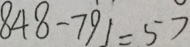
8 4 8 - 7 9 1 = 5 7